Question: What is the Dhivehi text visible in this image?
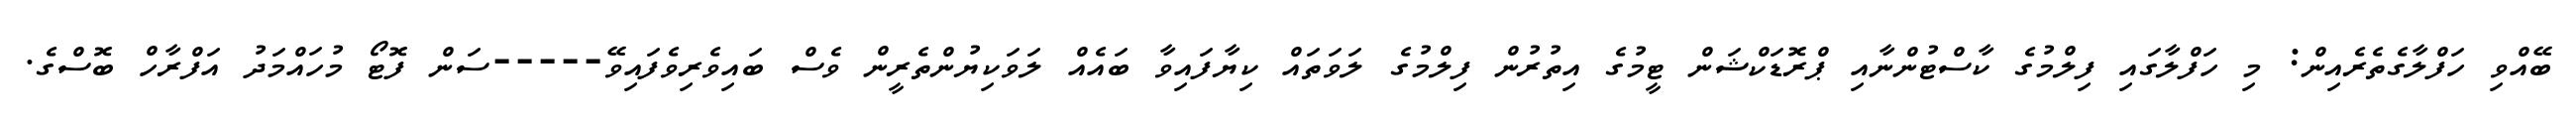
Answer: ބޭއްވި ހަފްލާގެތެރެއިން: މި ހަފްލާގައި ފިލްމުގެ ކާސްޓުންނާއި ޕްރޮޑަކްޝަން ޓީމުގެ އިތުރުން ފިލްމުގެ ލަވަތައް ކިޔާފައިވާ ބައެއް ލަވަކިޔުންތެރީން ވެސް ބައިވެރިވެފައިވޭ-----ސަން ފޮޓޯ މުހައްމަދު އަފްރާހް ބޮސްގެ.